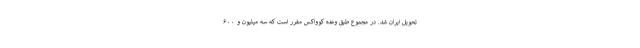
تحویل ایران شد. در مجموع طبق وعده کوواکس مقرر است که سه میلیون و ۶۰۰